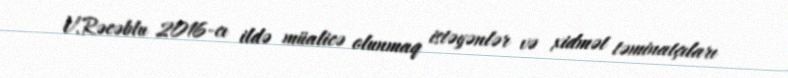
V.Rəcəblu 2016-cı ildə müalicə olunmaq istəyənlər və xidmət təminatçıları